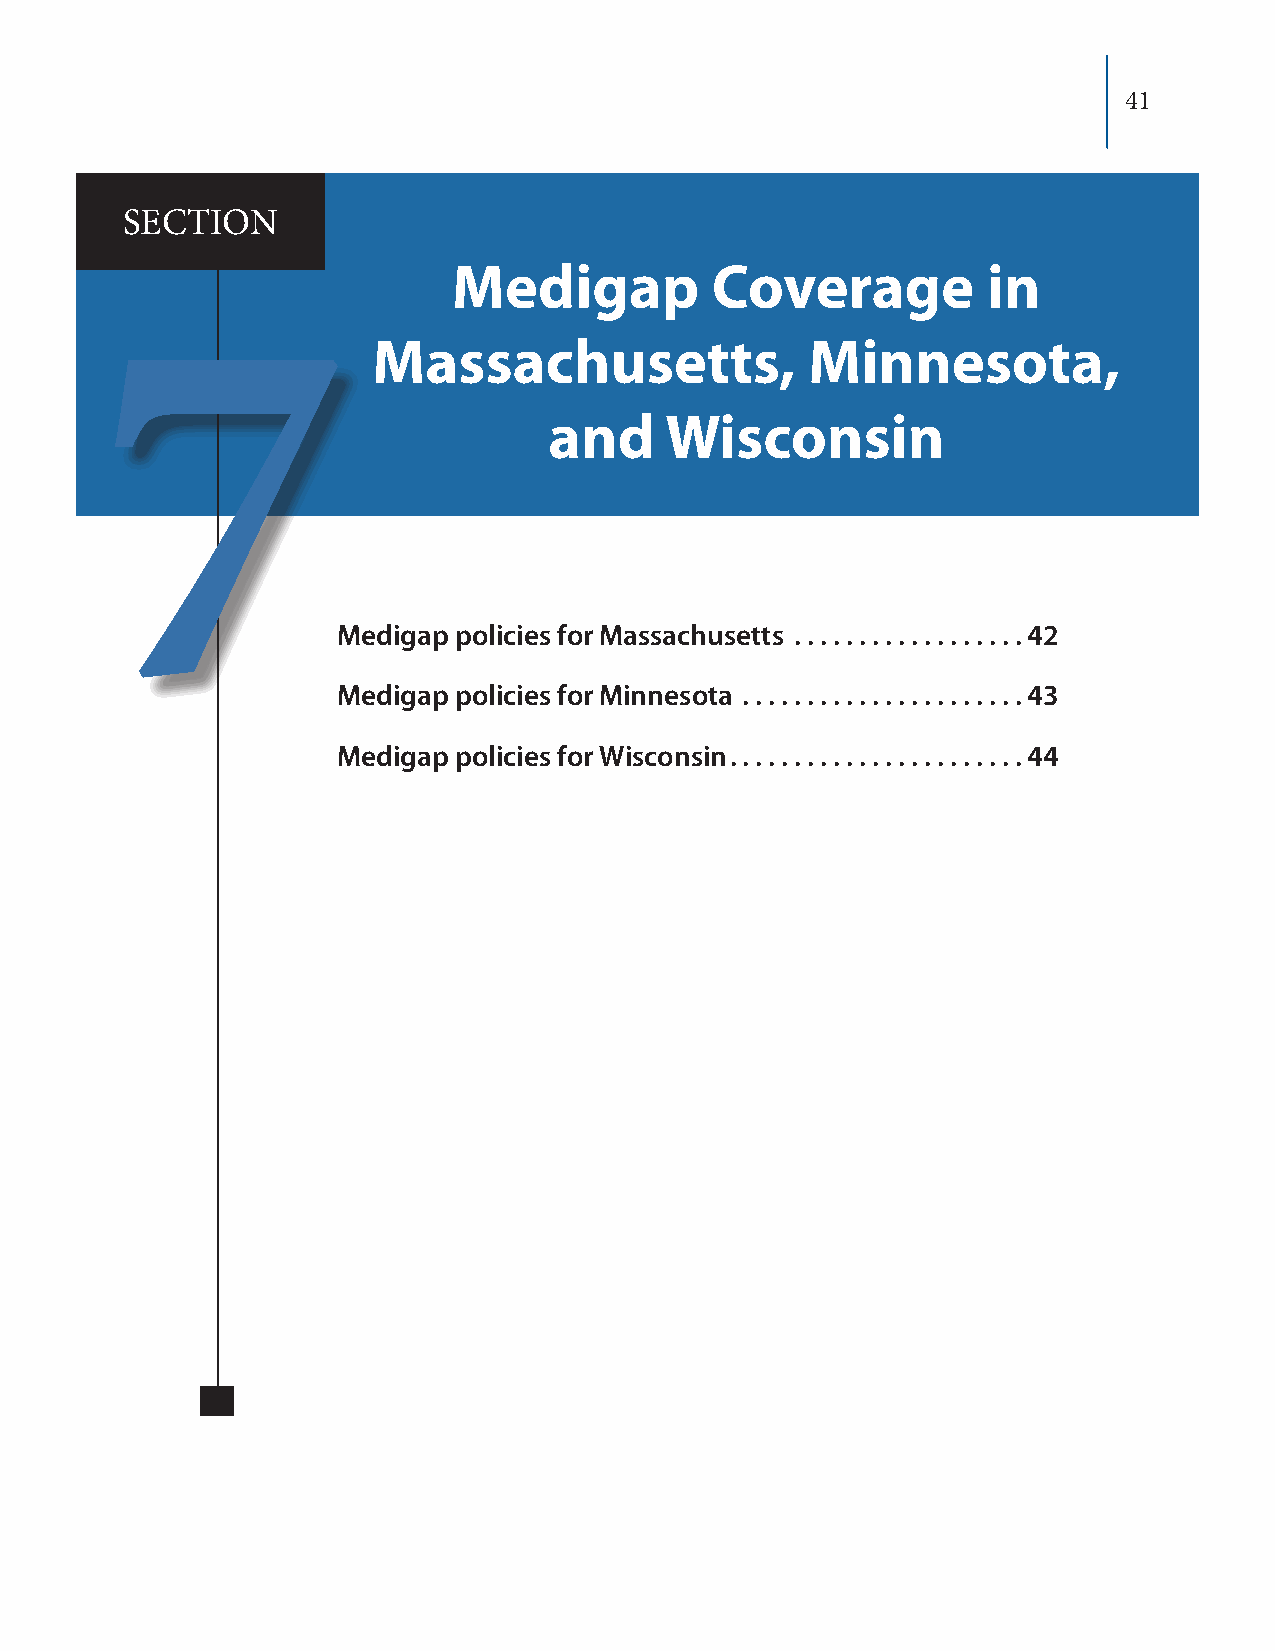
41
 SECTION
 Medigap          Coverage          in
 Massachusetts,               Minnesota,
 7
 and     Wisconsin
 Medigap policies for Massachusetts .................. 42
 Medigap policies for Minnesota ...................... 43
 Medigap policies for Wisconsin....................... 44